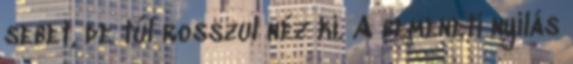
sebet, de túl rosszul néz ki. A bemeneti nyílás